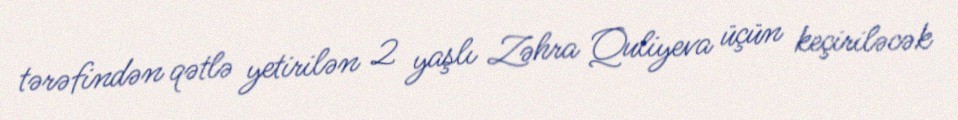
tərəfindən qətlə yetirilən 2 yaşlı Zəhra Quliyeva üçün keçiriləcək